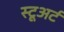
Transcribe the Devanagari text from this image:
स्टूअर्ट